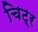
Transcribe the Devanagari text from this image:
चिट्र